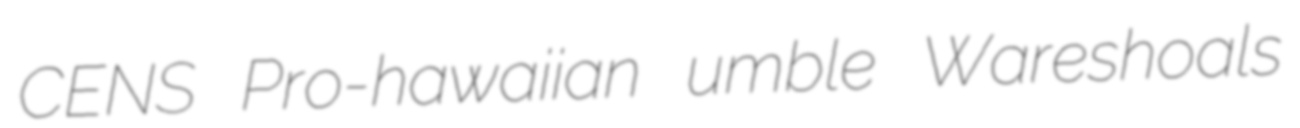
CENS Pro-hawaiian umble Wareshoals